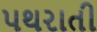
પથરાતી